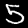
Digit: 5